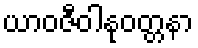
ယာဝဇီဝါနုဝတ္တနာ